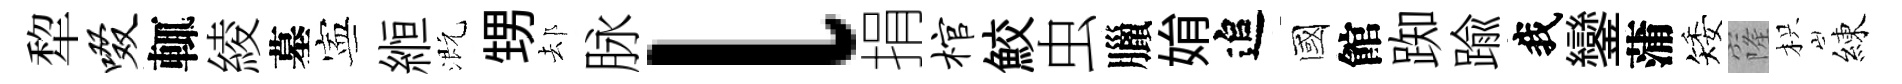
犂啜輒綾墓寕縆溉甥𨚫脉l捐棺鮫虫臘姢追國館踟踰我鑾蒲矮窿枳練